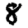
Digit: 8